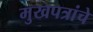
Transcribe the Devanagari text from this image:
मुखपत्रांचे